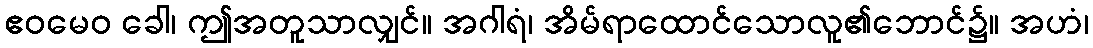
ဧဝမေဝ ခေါ၊ ဤအတူသာလျှင်။ အဂါရံ၊ အိမ်ရာထောင်သောလူ၏ဘောင်၌။ အဟံ၊